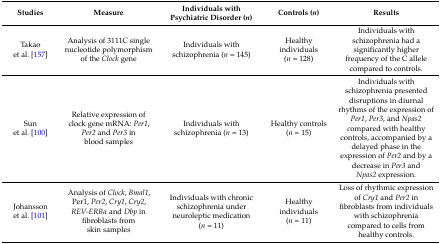
<table><thead><tr><td><b>Studies</b></td><td><b>Measure</b></td><td><b>Individuals with Psychiatric Disorder (<i>n</i>)</b></td><td><b>Controls (<i>n</i>)</b></td><td><b>Results</b></td></tr></thead><tbody><tr><td>Takao et al. [157]</td><td>Analysis of 3111C single nucleotide polymorphism of the <i>Clock</i> gene </td><td>Individuals with schizophrenia (<i>n</i> = 145)</td><td>Healthy individuals (<i>n</i> = 128)</td><td>Individuals with schizophrenia had a significantly higher frequency of the C allele compared to controls.</td></tr><tr><td>Sun et al. [100]</td><td>Relative expression of clock gene mRNA: <i>Per1</i>, <i>Per2</i> and <i>Per3</i> in blood samples</td><td>Individuals with schizophrenia (<i>n</i> = 13)</td><td>Healthy controls (<i>n</i> = 15)</td><td>Individuals with schizophrenia presented disruptions in diurnal rhythms of the expression of <i>Per1</i>, <i>Per3</i>, and <i>Npas2 c</i>ompared with healthy controls, accompanied by a delayed phase in the expression of <i>Per2</i> and by a decrease in <i>Per3</i> and <i>Npas2</i> expression.</td></tr><tr><td>Johansson et al. [101]</td><td>Analysis of <i>Clock</i>, <i>Bmal1</i>, Per1, <i>Per2</i>, <i>Cry1</i>, <i>Cry2</i>, <i>REV-ERBα</i> and <i>Dbp</i> in fibroblasts from skin samples</td><td>Individuals with chronic schizophrenia under neuroleptic medication (<i>n</i> = 11)</td><td>Healthy individuals (<i>n</i> = 11)</td><td>Loss of rhythmic expression of <i>Cry1</i> and <i>Per2</i> in fibroblasts from individuals with schizophrenia compared to cells from healthy controls.</td></tr></tbody></table>